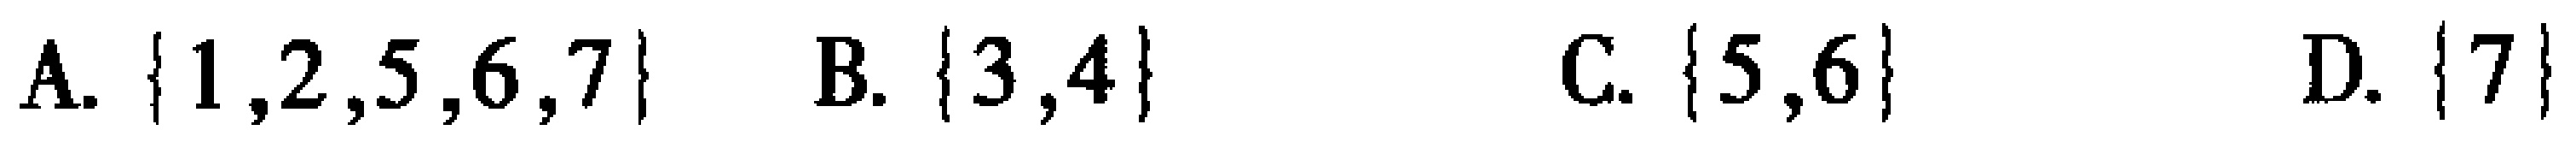
A. $\{1,2,5,6,7\}$  B. $\{3,4\}$  C. $\{5,6\}$  D. $\{7\}$